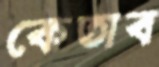
কেতাব